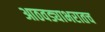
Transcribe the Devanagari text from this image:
आठवड्याभरातच